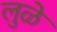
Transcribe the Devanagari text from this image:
लुळे